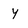
Character: y